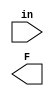
module assign_module (input [3:0] in, output F);
    
endmodule